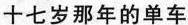
十七岁那年的单车